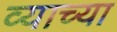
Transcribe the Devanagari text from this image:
व्याच्या